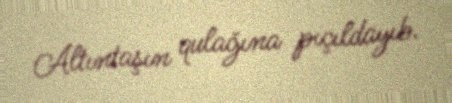
Altıntaşın qulağına pıçıldayıb.